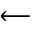
\longleftarrow